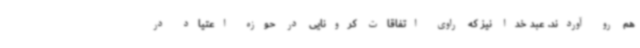
هم رو آوردند. عبد خدا نیز که راوی اتفاقات کرونایی در حوزه اعتیاد در